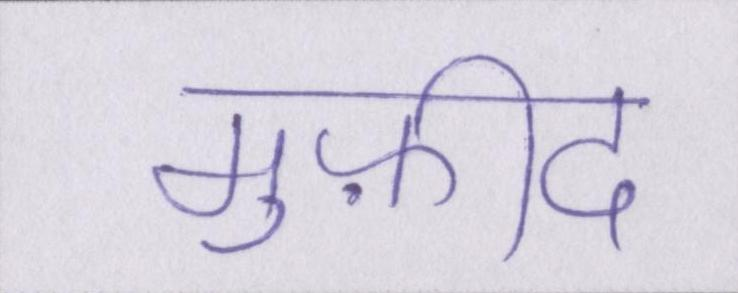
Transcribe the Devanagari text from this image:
मुफ़ीद